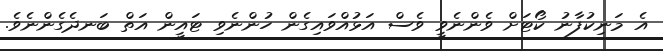
އެ މަނިކުފާނު ކޯޓަށް ވެންނެވީ ވެސް އަޅުއްވައިގެން ހުންނެވި ޓައީން އަތް ބަނދެގެންނެވެ.